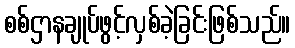
စစ်ဌာနချုပ်ဖွင့်လှစ်ခဲ့ခြင်းဖြစ်သည်။